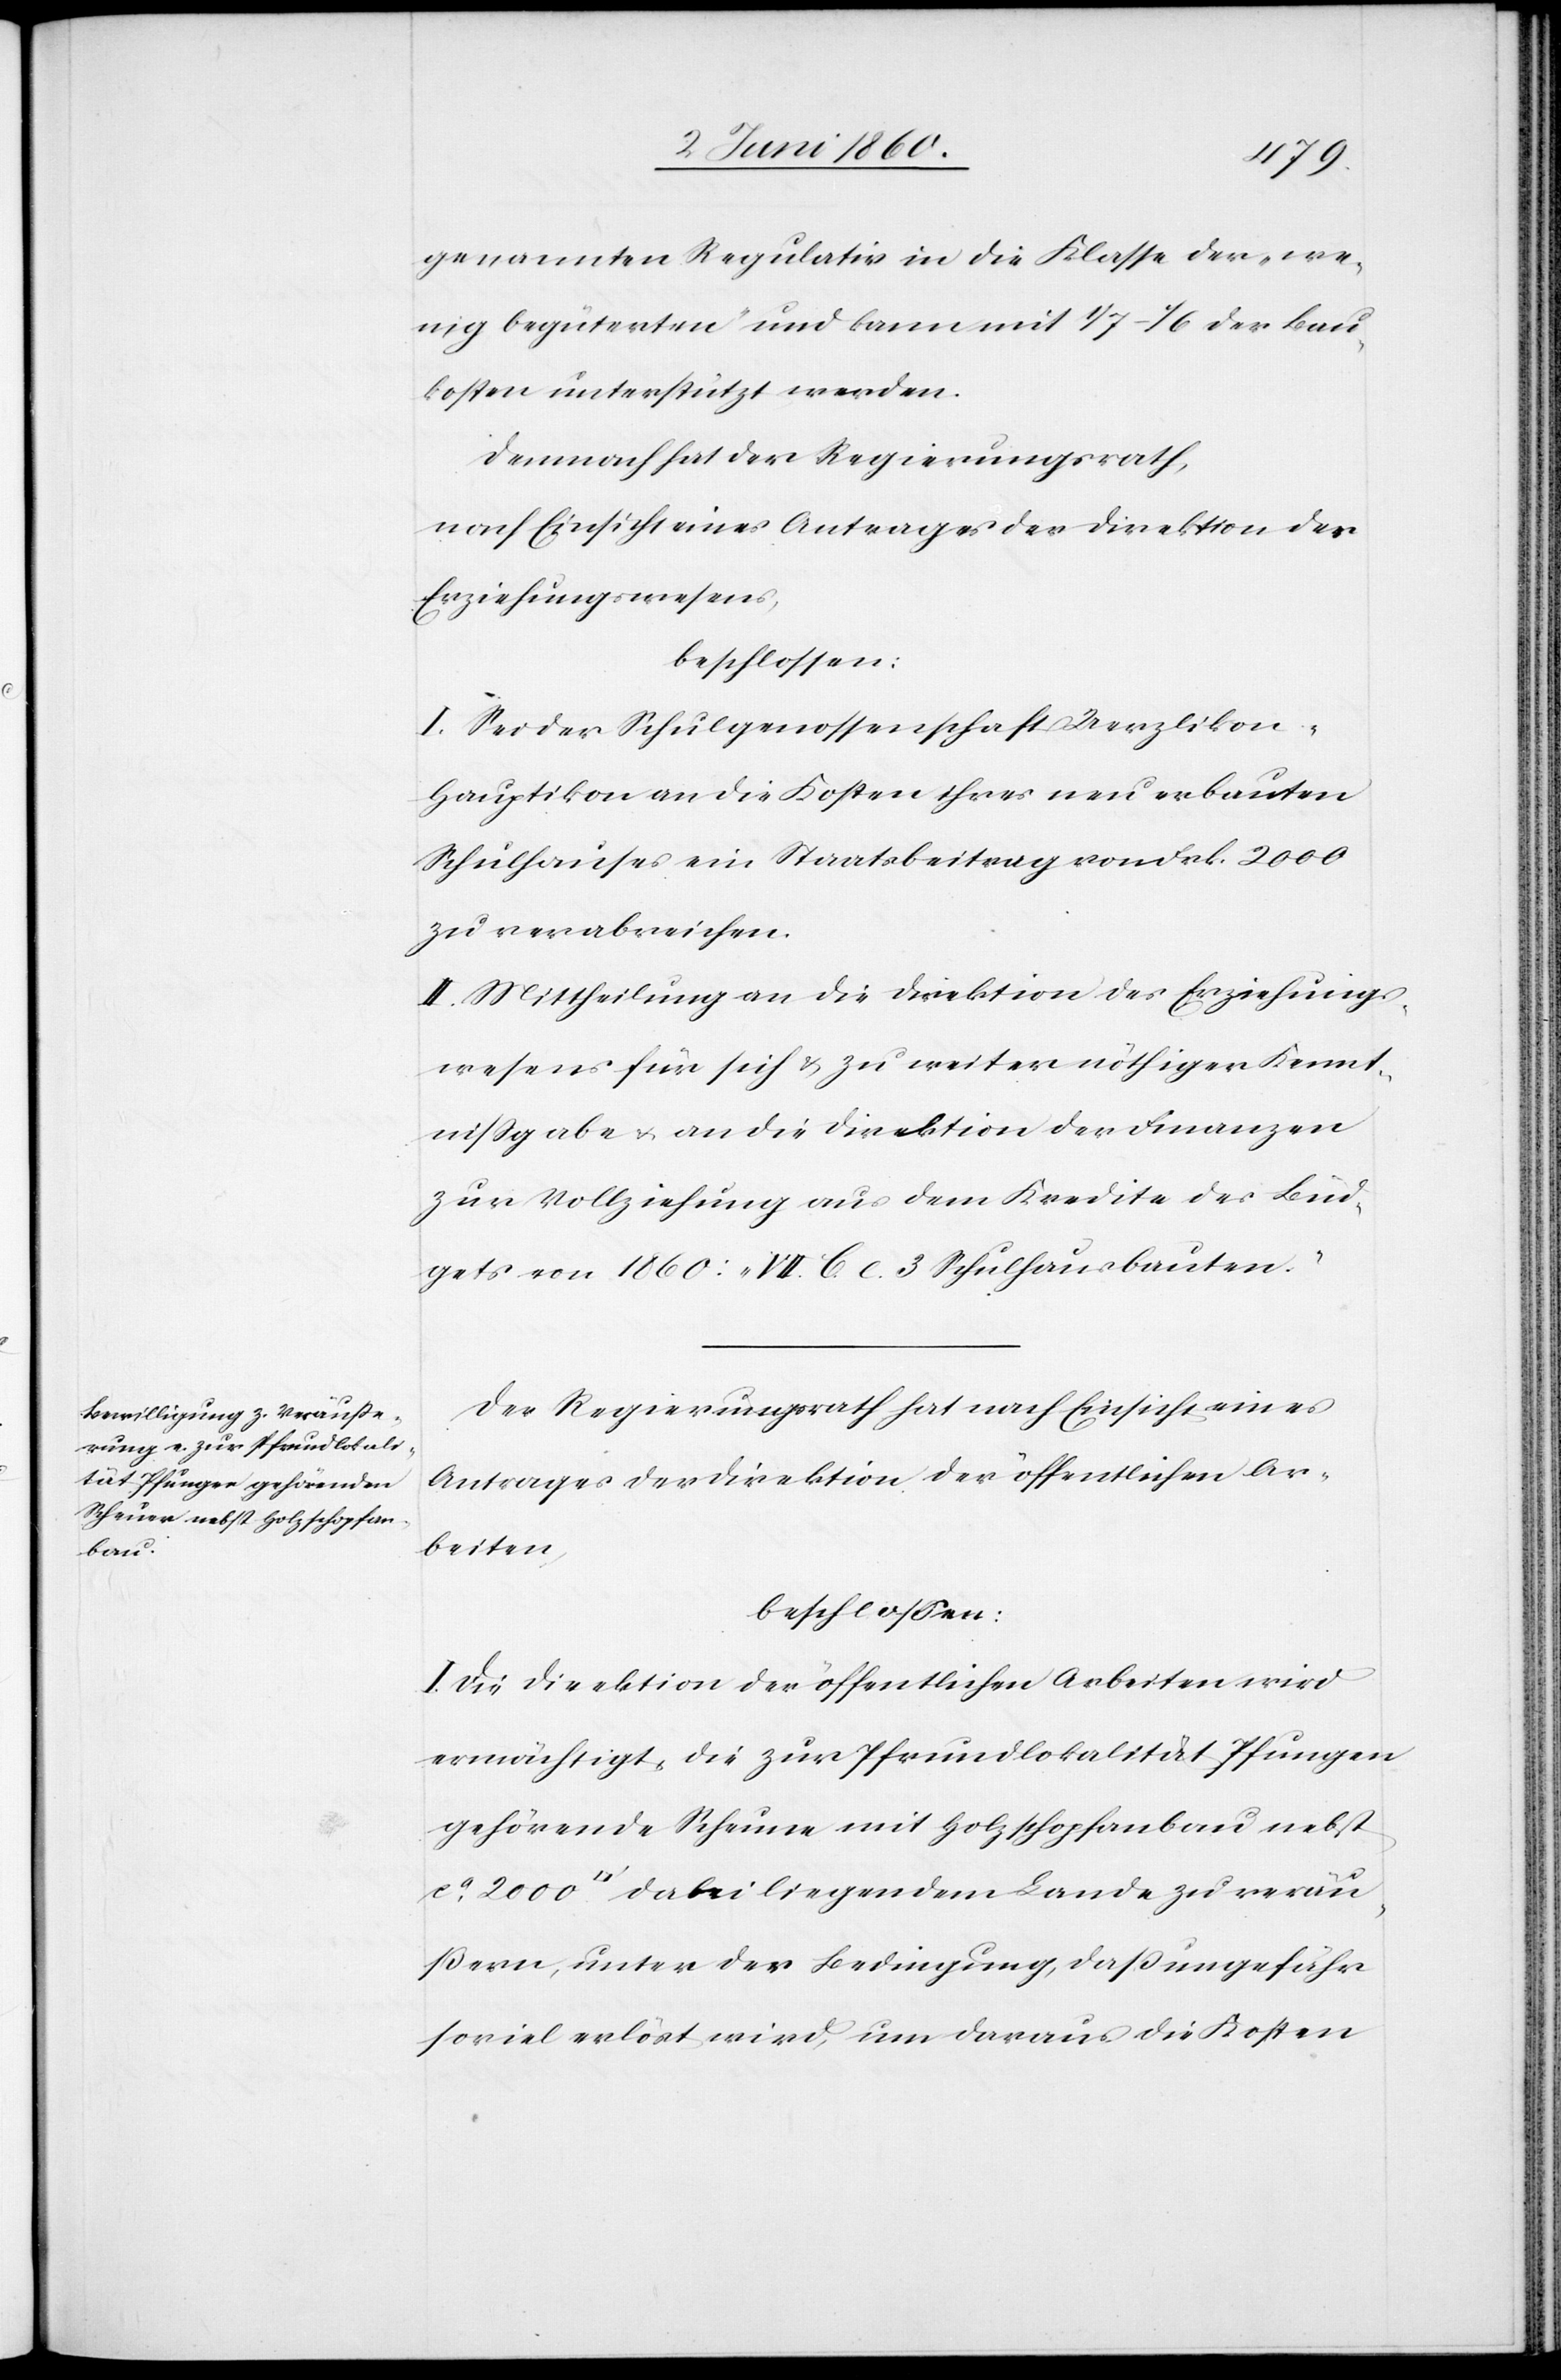
genannten Regulativ in die Klasse der „we¬
nig begüterten“ und kann mit 1/7–1/6 der Bau¬
kosten unterstützt werden.
Demnach hat der Regierungsrath,
nach Einsicht eines Antrages der Direktion des
Erziehungswesens,
beschlossen:
I. Sei der Schulgenossenschaft Uerzlikon-H¬
auptikon an die Kosten ihres neu erbauten
Schulhauses ein Staatsbeitrag von Frk. 2000
zu verabreichen.
II. Mittheilung an die Direktion des Erziehungs¬
wesens für sich u. zu weiter nöthiger Kennt¬
nissgabe u. an die Direktion der Finanzen
zur Vollziehung aus dem Kredite des Büd¬
ges von 1860: „VII. C. c. 3 Schulhausbauten.“
Der Regierungsrath hat nach Einsicht eines
Antrages der Direktion der öffentlichen Ar¬
beiten,
beschlossen:
I. Die Direktion der öffentlichen Arbeiten wird
ermächtigt, die zur Pfrundlokalität Pfungen
gehörende Scheune mit Holzschopfanbau nebst
ca 2000 [Quadratfuss] dabei liegendem Lande zu veräu¬
ssern, unter der Bedingung, dass ungefähr
soviel erlöst wird, um daraus die Kosten